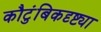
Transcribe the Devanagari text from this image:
कौटुंबिकदृष्ट्या